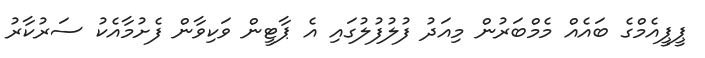
ޕީޕީއެމްގެ ބައެއް މެމްބަރުން މިއަދު ފުލުފުލުގައި އެ ޕާޓީން ވަކިވާން ފެށުމާއެކު ސަރުކާރު